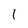
Character: 1